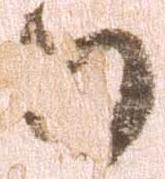
日